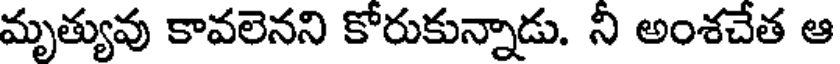
మృత్యువు కావలెనని కోరుకున్నాడు. నీ అంశచేత ఆ